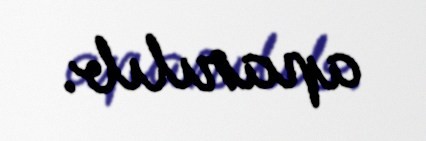
aparılıb.